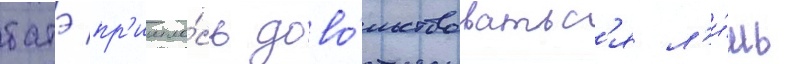
батэ пр'ишло́сь дово́льствоватьс'я л'и́шь